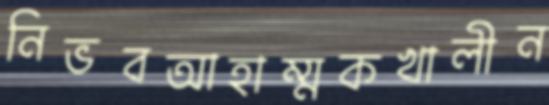
নিভবআহাম্মকখালীন